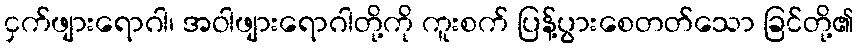
ငှက်ဖျားရောဂါ၊ အဝါဖျားရောဂါတို့ကို ကူးစက် ပြန့်ပွားစေတတ်သော ခြင်တို့၏